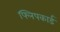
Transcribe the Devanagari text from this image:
फ्लिपकार्ड